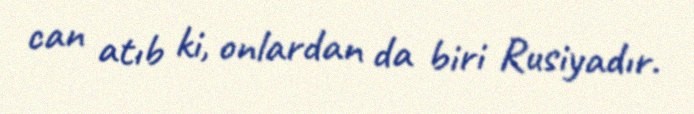
can atıb ki, onlardan da biri Rusiyadır.